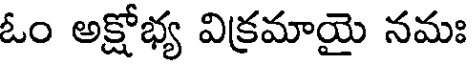
ఓం అక్షోభ్య విక్రమాయై నమః